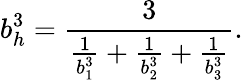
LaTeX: b_{h}^{3}=\frac{3}{\frac{1}{b_{1}^{3}}+\frac{1}{b_{2}^{3}}+\frac{1}{b_{3}^{3}}}.